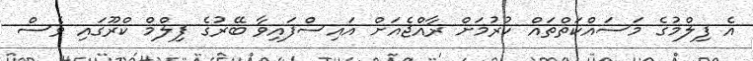
އެ ފިލްމުގެ މަސައްކަތްތައް ކުރުމަށް ރާއްޖެއަށް އައިސްފައިވާ ބޭރުގެ ފިލްމް ކްރޫގައި ވެސް